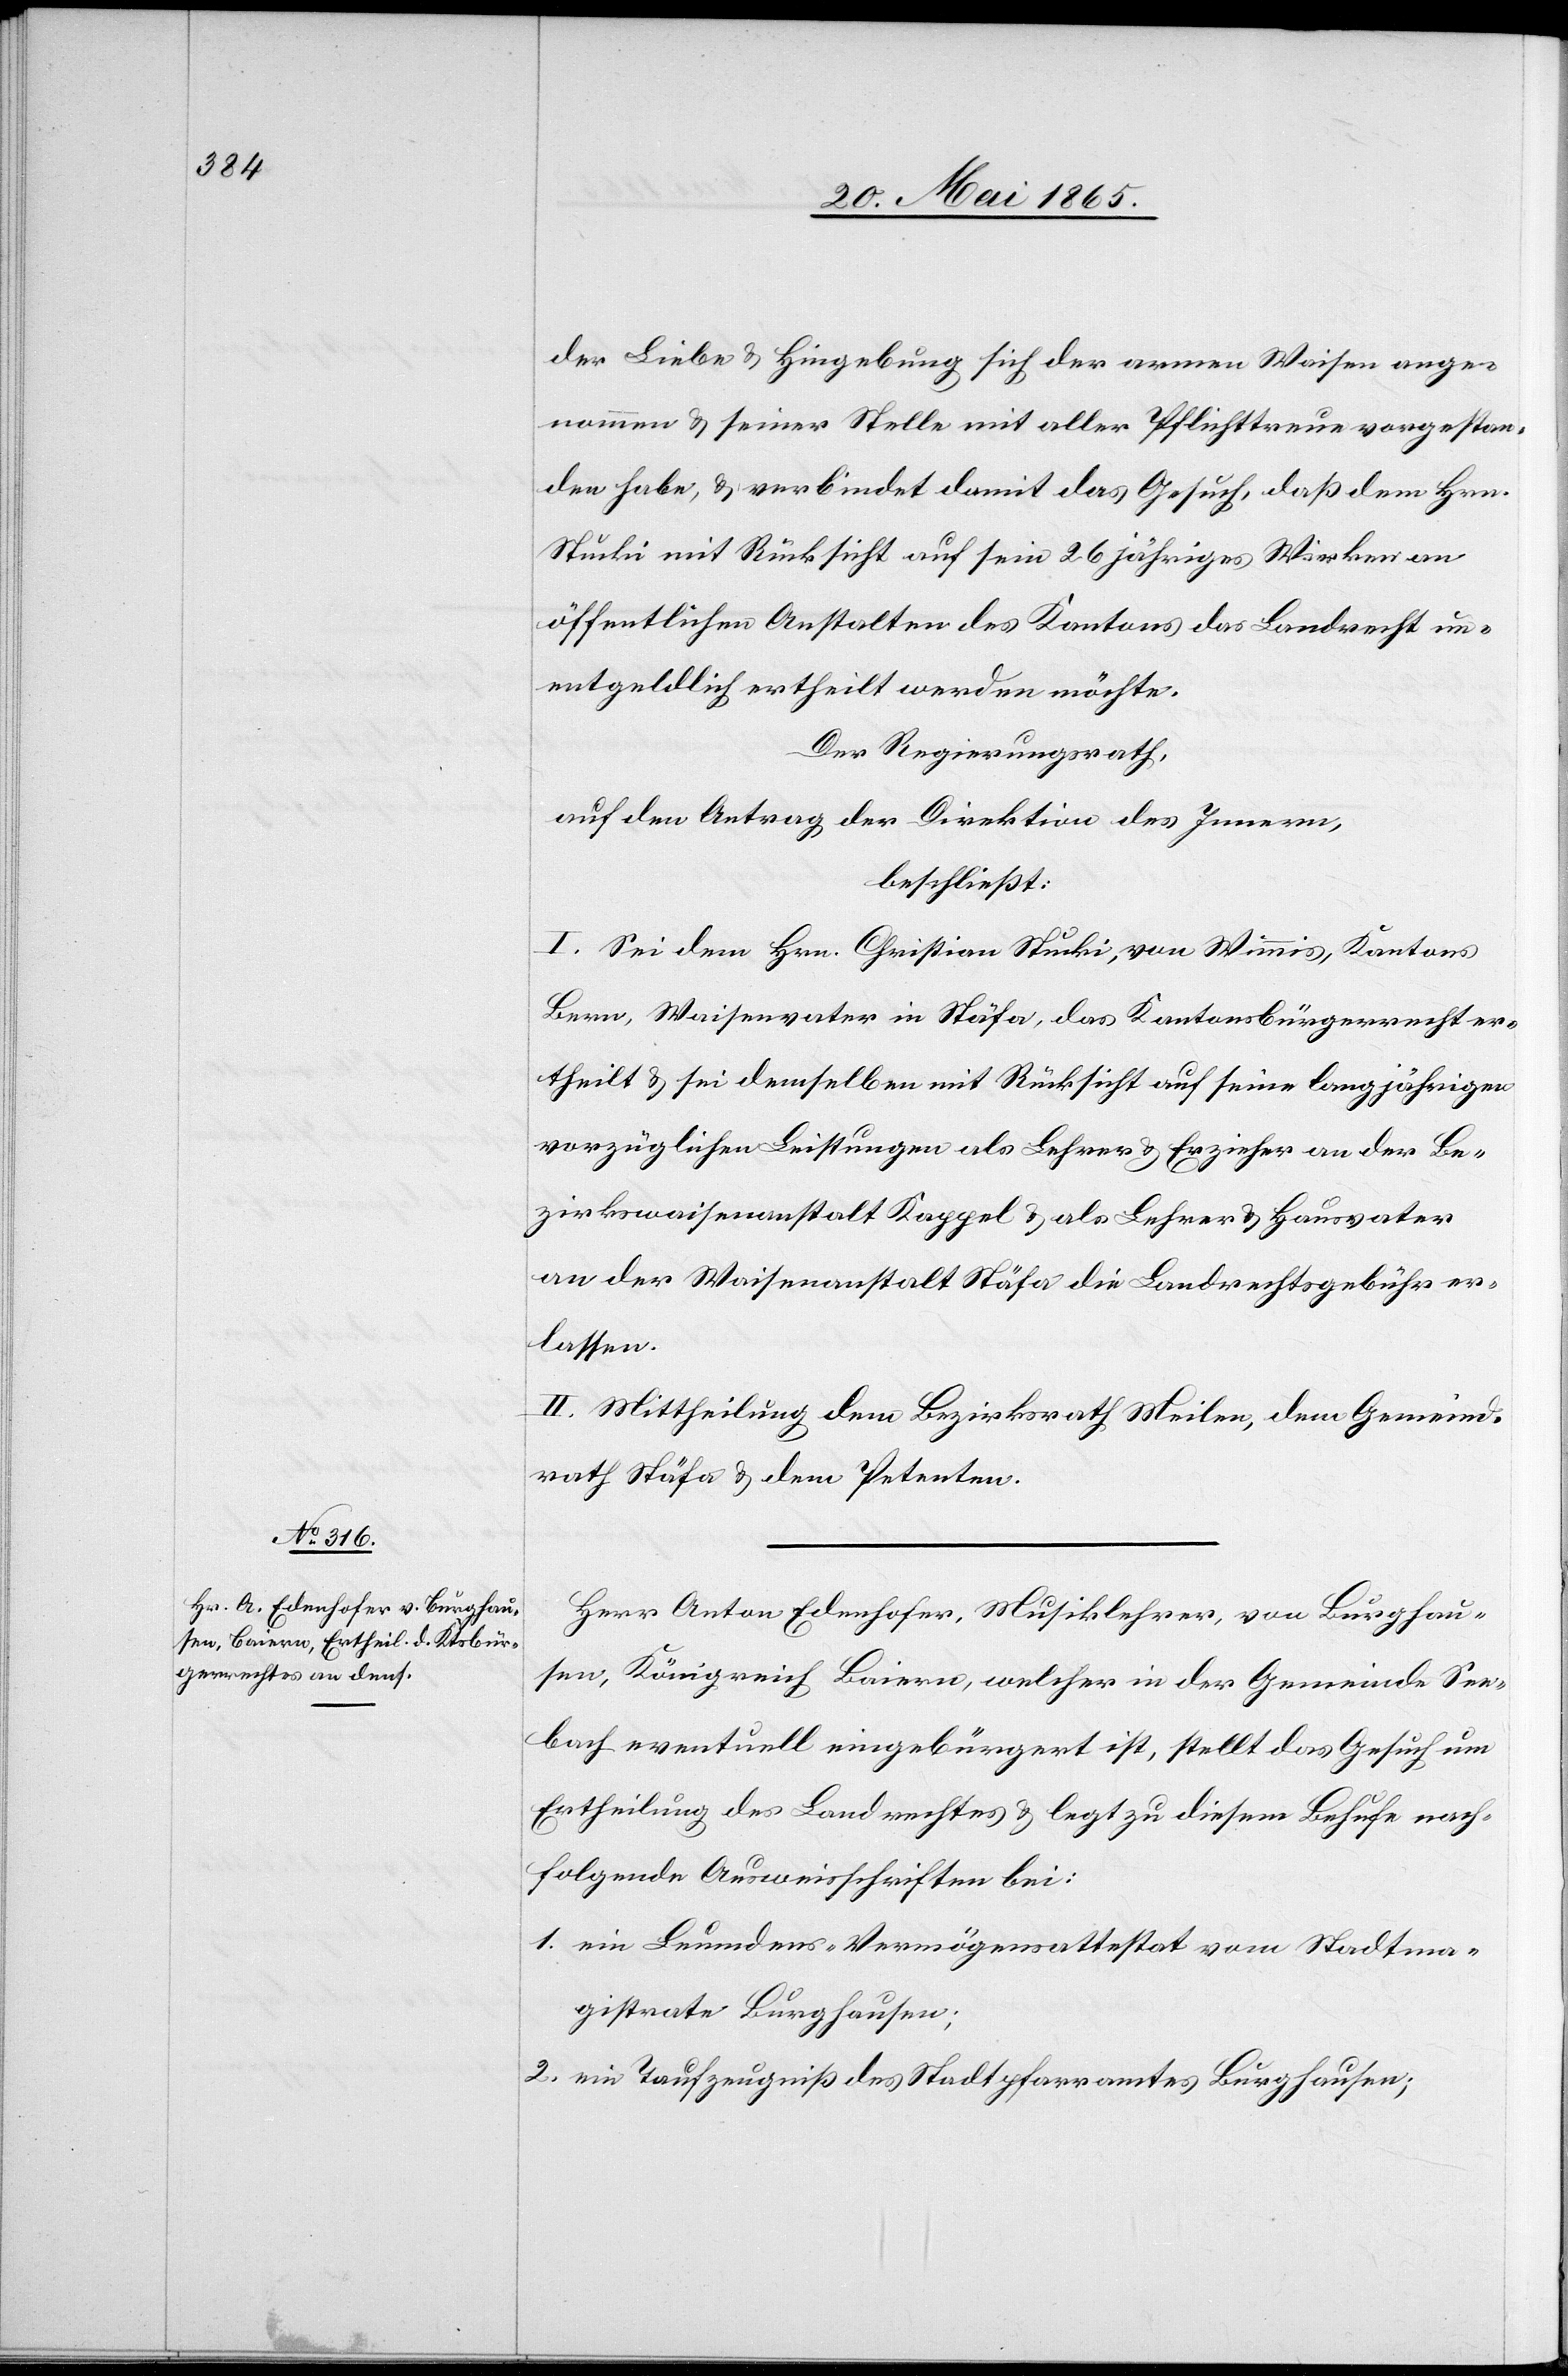
der Liebe & Hingebung sich der armen Waisen ange¬
nommen & seiner Stelle mit aller Pflichttreue vorgestan¬
den habe, & verbindet damit das Gesuch, daß dem Hrn.
Stucki mit Rücksicht auf sein 26 jähriges Wirken an
öffentlichen Anstalten des Kantons das Landrecht un¬
entgeldlich ertheilt werden möchte.
Der Regierungsrath,
auf den Antrag der Direktion des Innern,
beschließt:
I. Sei dem Hrn. Christian Stucki, von Wimmis, Kantons
Bern, Waisenvater in Stäfa, das Kantonsbürgerrecht er¬
theilt & sei demselben mit Rücksicht auf seine langjährigen
vorzüglichen Leistungen als Lehrer & Erzieher an der Be¬
zirkswaisenanstalt Kappel & als Lehrer & Hausvater
an der Waisenanstalt Stäfa die Landrechtsgebühr er¬
lassen.
II. Mittheilung dem Bezirksrath Meilen, dem Gemeind¬
rath Stäfa & dem Petenten.
Herr Anton Edenhofer, Musiklehrer, von Burghau¬
sen, Königreich Baiern, welcher in der Gemeinde See¬
bach eventuell eingebürgert ist, stellt das Gesuch um
Ertheilung des Landrechtes & legt zu diesem Behufe nach¬
folgende Ausweisschriften bei:
1. ein Leumdens-Vermögensattestat vom Stadtma¬
gistrate Burghausen;
2. ein Taufzeugniß des Statthalteramtes Burghausen;